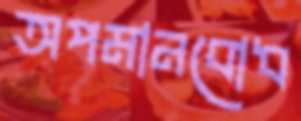
অপমানবোধ